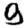
Digit: 9